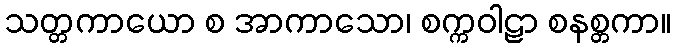
သတ္တကာယော စ အာကာသော၊ စက္ကဝါဠာ စနစ္တကာ။